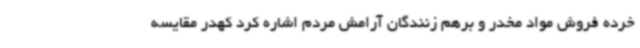
خرده فروش مواد مخدر و برهم زنندگان آرامش مردم اشاره کرد کهدر مقایسه